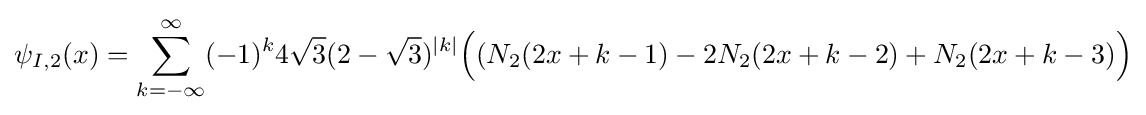
\psi _{I,2}(x)=\sum _{k=-\infty }^{\infty }(-1)^{k}4{\sqrt {3}}(2-{\sqrt {3}})^{|k|}{\Big (}(N_{2}(2x+k-1)-2N_{2}(2x+k-2)+N_{2}(2x+k-3){\Big )}